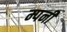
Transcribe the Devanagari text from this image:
म्पनी